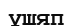
ұшяп